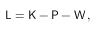
\mathsf { L } = \mathsf { K } - \mathsf { P } - \mathsf { W } \, ,